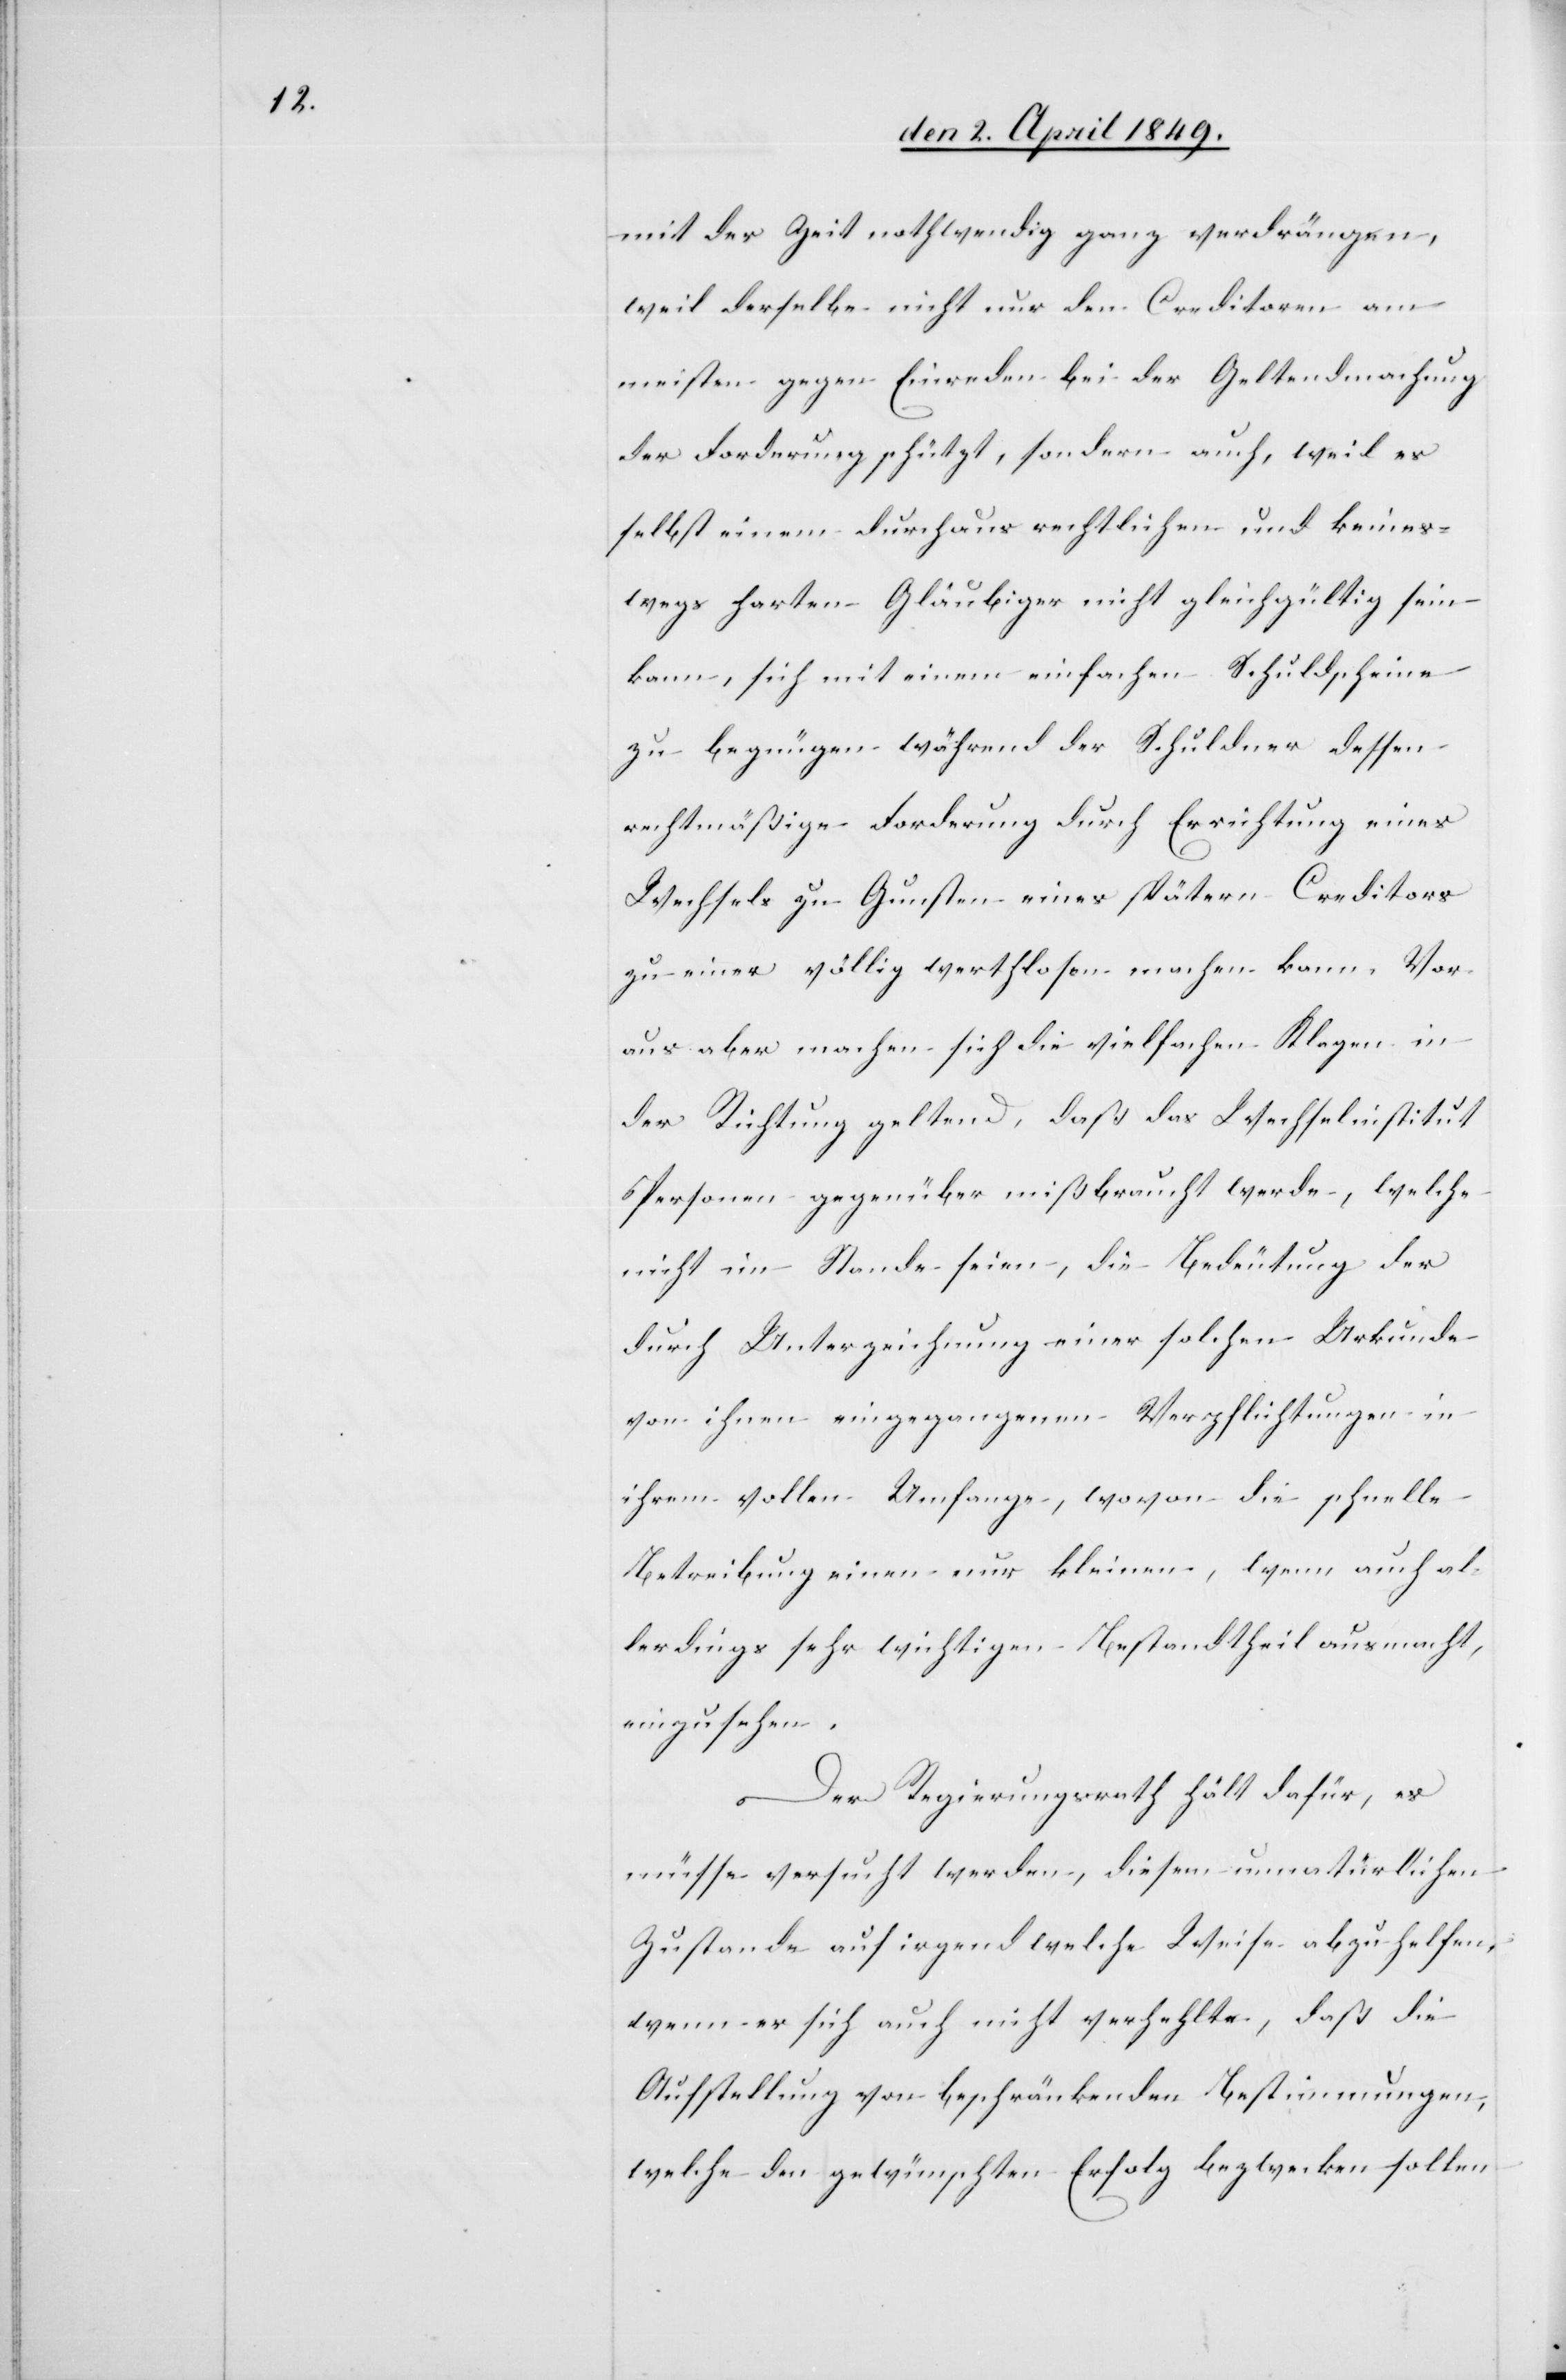
mit der Zeit nothwendig ganz verdrängen,
weil derselbe nicht nur den Creditoren am
meisten gegen Einreden bei der Geltendmachung
der Forderung schützt, sondern auch, weil es
selbst einem durchaus rechtlichen und keines¬
wegs harten Gläubiger nicht gleichgültig sein
kann, sich mit einem einfachen Schuldscheine
zu begnügen während der Schuldner dessen
rechtmäßige Forderung durch Errichtung eines
Wechsels zu Gunsten eines spätern Creditors
zu einer völlig werthlosen machen kann. Vor¬
aus aber machen sich die vielfachen Klagen in
der Richtung geltend, daß das Wechselinstitut
Personen gegenüber mißbraucht werde, welche
nicht im Stande seien, die Bedeutung der
durch Unterzeichnung einer solchen Urkunde
von ihnen eingegangenen Verpflichtungen in
ihrem vollen Umfange, wovon die schnelle
Betreibung einen nur kleinen, wenn auch al¬
lerdings sehr wichtigen Bestandtheil ausmacht,
einzusehen.
Der Regierungsrath hält dafür, es
müsse versucht werden, diesem unnatürlichen
Zustande auf irgend welche Weise abzuhelfen,
wenn er sich auch nicht verhehlte, daß die
Aufstellung von beschränkenden Bestimmungen,
welche den gewünschten Erfolg bezwecken sollen